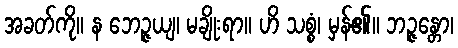
အခတ်ကို။ န ဘေဉ္ဇယျ၊ မချိုးရာ။ ဟိ သစ္စံ၊ မှန်၏။ ဘဉ္ဇန္တော၊